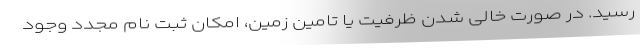
رسید. در صورت خالی شدن ظرفیت یا تامین زمین، امکان ثبت نام مجدد وجود